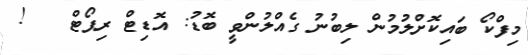
މިފްކޯ ބައިކޮށްލުމުން ލިބުނު ގެއްލުންވީ ބޮޑު: އޮޑިޓް ރިޕޯޓް   !